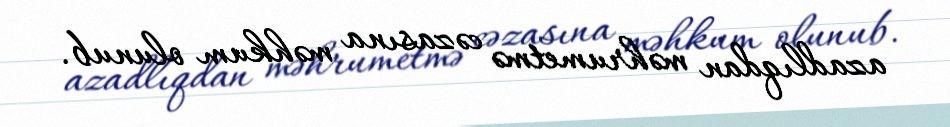
azadlıqdan məhrumetmə cəzasına məhkum olunub.